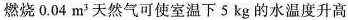
燃烧0.04m^{3}天然气可使室温下5kg的水温度升高